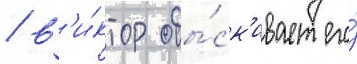
/ в'и́ктор обы́ск'ивает его́